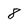
Character: 8